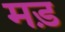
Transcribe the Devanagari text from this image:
मड़